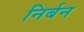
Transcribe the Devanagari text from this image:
निर्बन